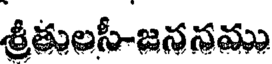
శ్రీతులసీ-జననము